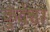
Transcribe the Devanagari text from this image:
कुंदेश्वर